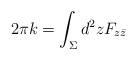
LaTeX: \begin{align*}2\pi k=\int_\Sigma d^2z F_{z\bar z} \end{align*}